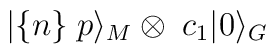
|\{n\}\; p\rangle_M \otimes\; c_1|0\rangle_G